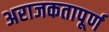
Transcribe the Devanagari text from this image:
अराजकतापूर्ण